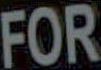
FOR